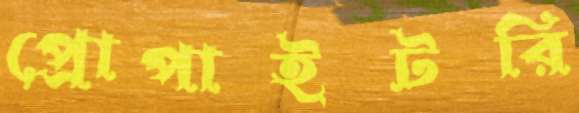
প্রোপাইটরি